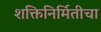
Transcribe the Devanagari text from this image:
शक्तिनिर्मितीचा